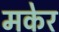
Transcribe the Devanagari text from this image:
मकेर